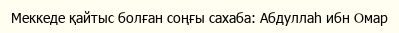
Меккеде қайтыс болған соңғы сахаба: Абдуллаһ ибн Омар